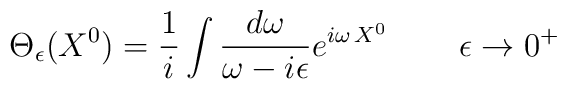
\Theta_\epsilon (X^0) = \frac{1}{i}\int \frac{d\omega}{\omega -i\epsilon}e^{i\omega\, X^0}\, \qquad \epsilon \to 0^+